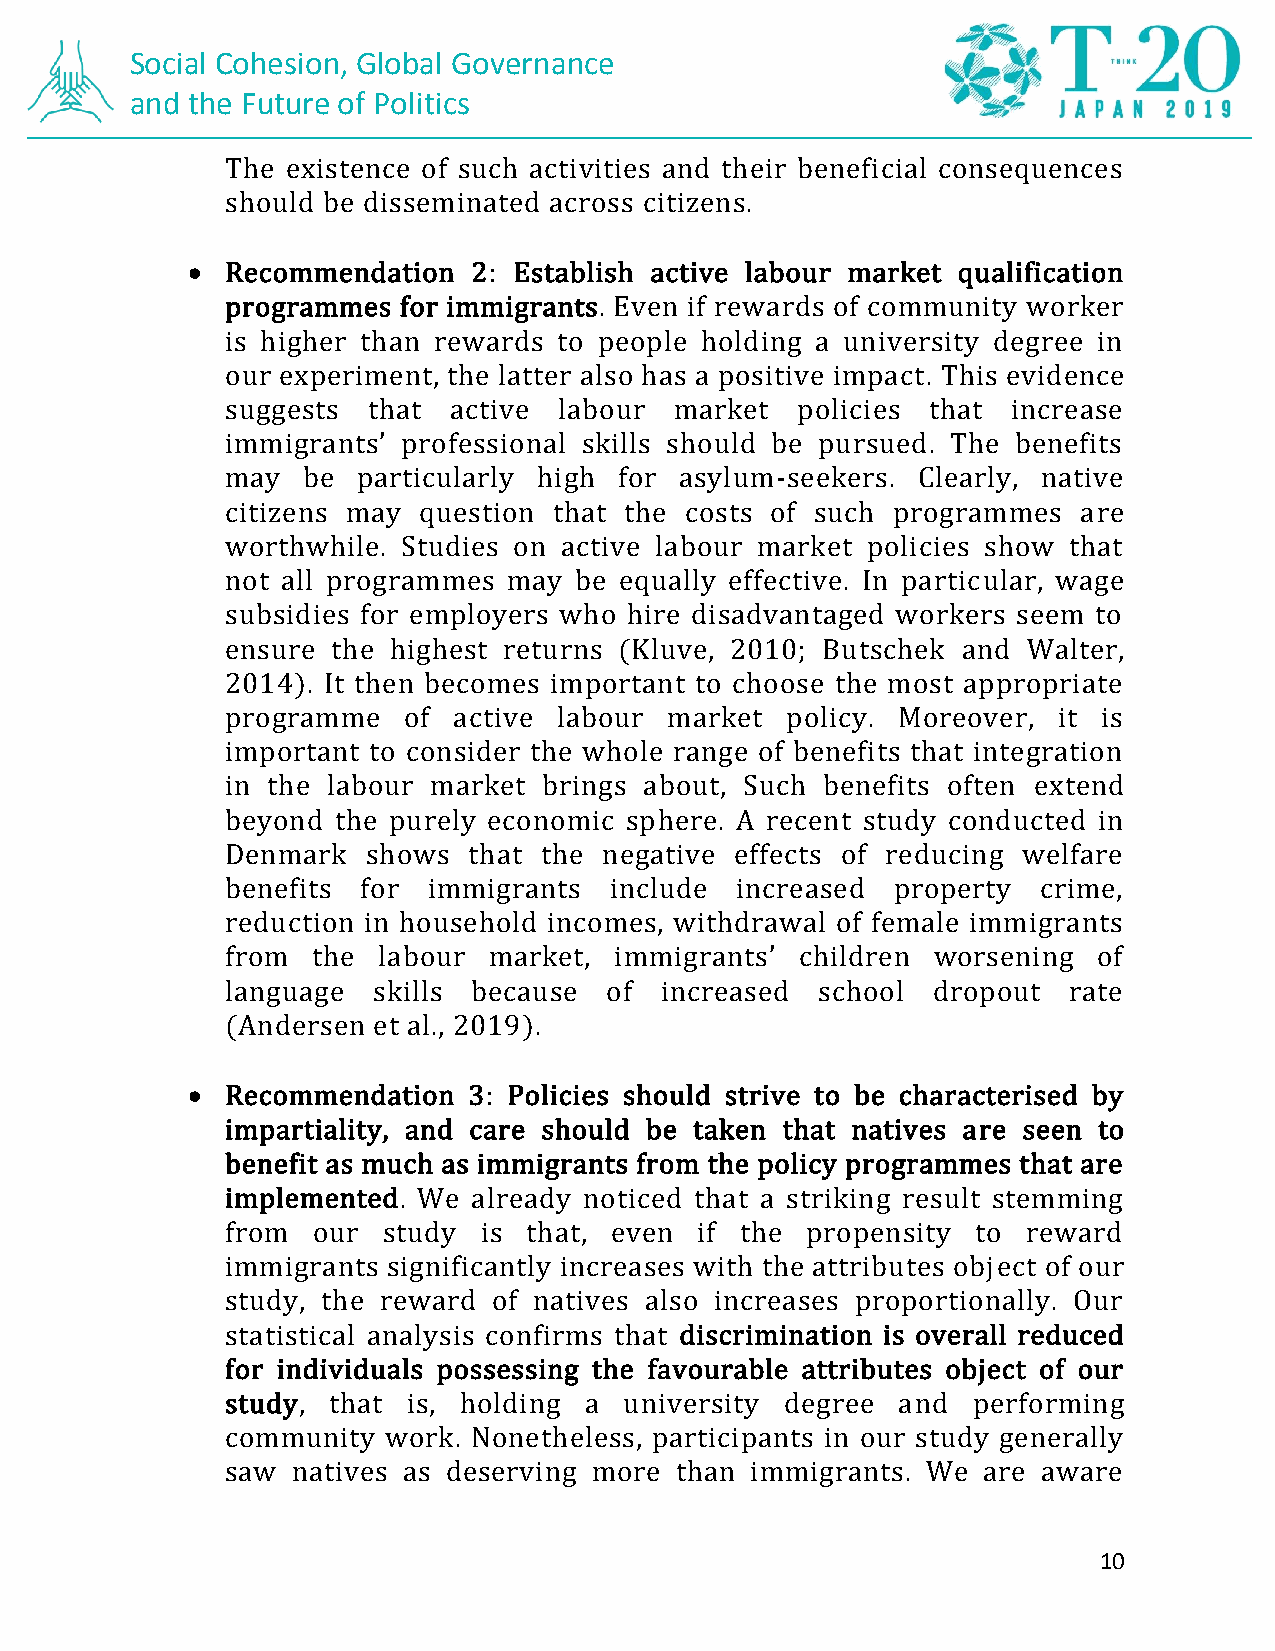
Social Cohesion, Global Governance
 and the Future of Politics
 The existence of such activities and their beneficial consequences
 should be disseminated across citizens.
 •  Recommendation  2: Establish active labour market qualification
 programmes for immigrants. Even if rewards of community worker
 is higher than rewards to people holding a university degree in
 our experiment, the latter also has a positive impact. This evidence
 suggests that  active labour  market  policies that increase
 immigrants’ professional skills should be pursued. The benefits
 may  be  particularly high for asylum-seekers. Clearly, native
 citizens may question that the costs of such programmes are
 worthwhile. Studies on active labour market policies show that
 not all programmes may be equally effective. In particular, wage
 subsidies for employers who hire disadvantaged workers seem to
 ensure the highest returns (Kluve, 2010; Butschek and Walter,
 2014). It then becomes important to choose the most appropriate
 programme   of active labour market  policy. Moreover, it is
 important to consider the whole range of benefits that integration
 in the labour market brings about, Such benefits often extend
 beyond the purely economic sphere. A recent study conducted in
 Denmark  shows  that the negative effects of reducing welfare
 benefits for immigrants  include  increased property  crime,
 reduction in household incomes, withdrawal of female immigrants
 from  the labour market,  immigrants’ children worsening  of
 language  skills because of  increased school  dropout  rate
 (Andersen et al., 2019).
 •  Recommendation  3: Policies should strive to be characterised by
 impartiality, and care should be taken that natives are seen to
 benefit as much as immigrants from the policy programmes that are
 implemented. We already noticed that a striking result stemming
 from  our study  is that, even if the propensity  to reward
 immigrants significantly increases with the attributes object of our
 study, the reward of natives also increases proportionally. Our
 statistical analysis confirms that discrimination is overall reduced
 for individuals possessing the favourable attributes object of our
 study, that is, holding a university degree and  performing
 community  work. Nonetheless, participants in our study generally
 saw natives as deserving more than immigrants. We are aware
 10